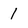
Character: 1